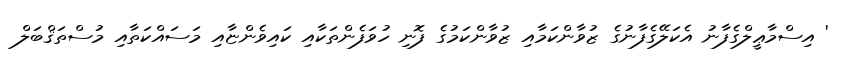
' އިސްމާޢީލްގެފާނު އެކަލޭގެފާނުގެ ޒުވާންކަމާއި ޒުވާންކަމުގެ ފޮނި ހުވަފެންތަކާއި ކައިވެންޏާއި މަސައްކަތާއި މުސްތަޤްބަލް